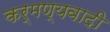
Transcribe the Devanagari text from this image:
कर्मण्यवादी